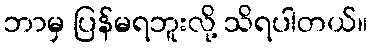
ဘာမှ ပြန်မရဘူးလို့ သိရပါတယ်။